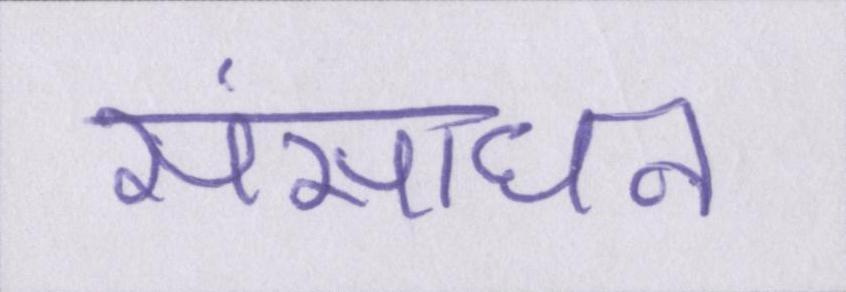
संसाधन